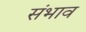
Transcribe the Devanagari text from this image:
संभाव